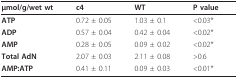
| μmol/g/wet wt | c4 | WT | P value |
 | --- | --- | --- | --- |
 | ATP | 0.72 ± 0.05 | 1.03 ± 0.1 | <0.03* |
 | ADP | 0.57 ± 0.04 | 0.42 ± 0.04 | <0.02* |
 | AMP | 0.28 ± 0.05 | 0.09 ± 0.02 | <0.02* |
 | Total AdN | 2.07 ± 0.03 | 2.11 ± 0.08 | >0.6 |
 | AMP:ATP | 0.41 ± 0.11 | 0.09 ± 0.03 | <0.01* |